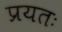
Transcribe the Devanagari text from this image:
प्रयतः